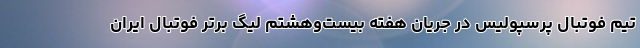
تیم فوتبال پرسپولیس در جریان هفته بیست‌وهشتم لیگ برتر فوتبال ایران